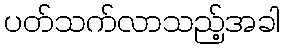
ပတ်သက်လာသည့်အခါ